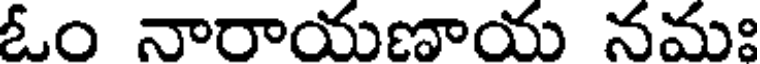
ఓం నారాయణాయ నమః